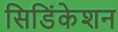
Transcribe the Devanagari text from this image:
सिडिंकेशन